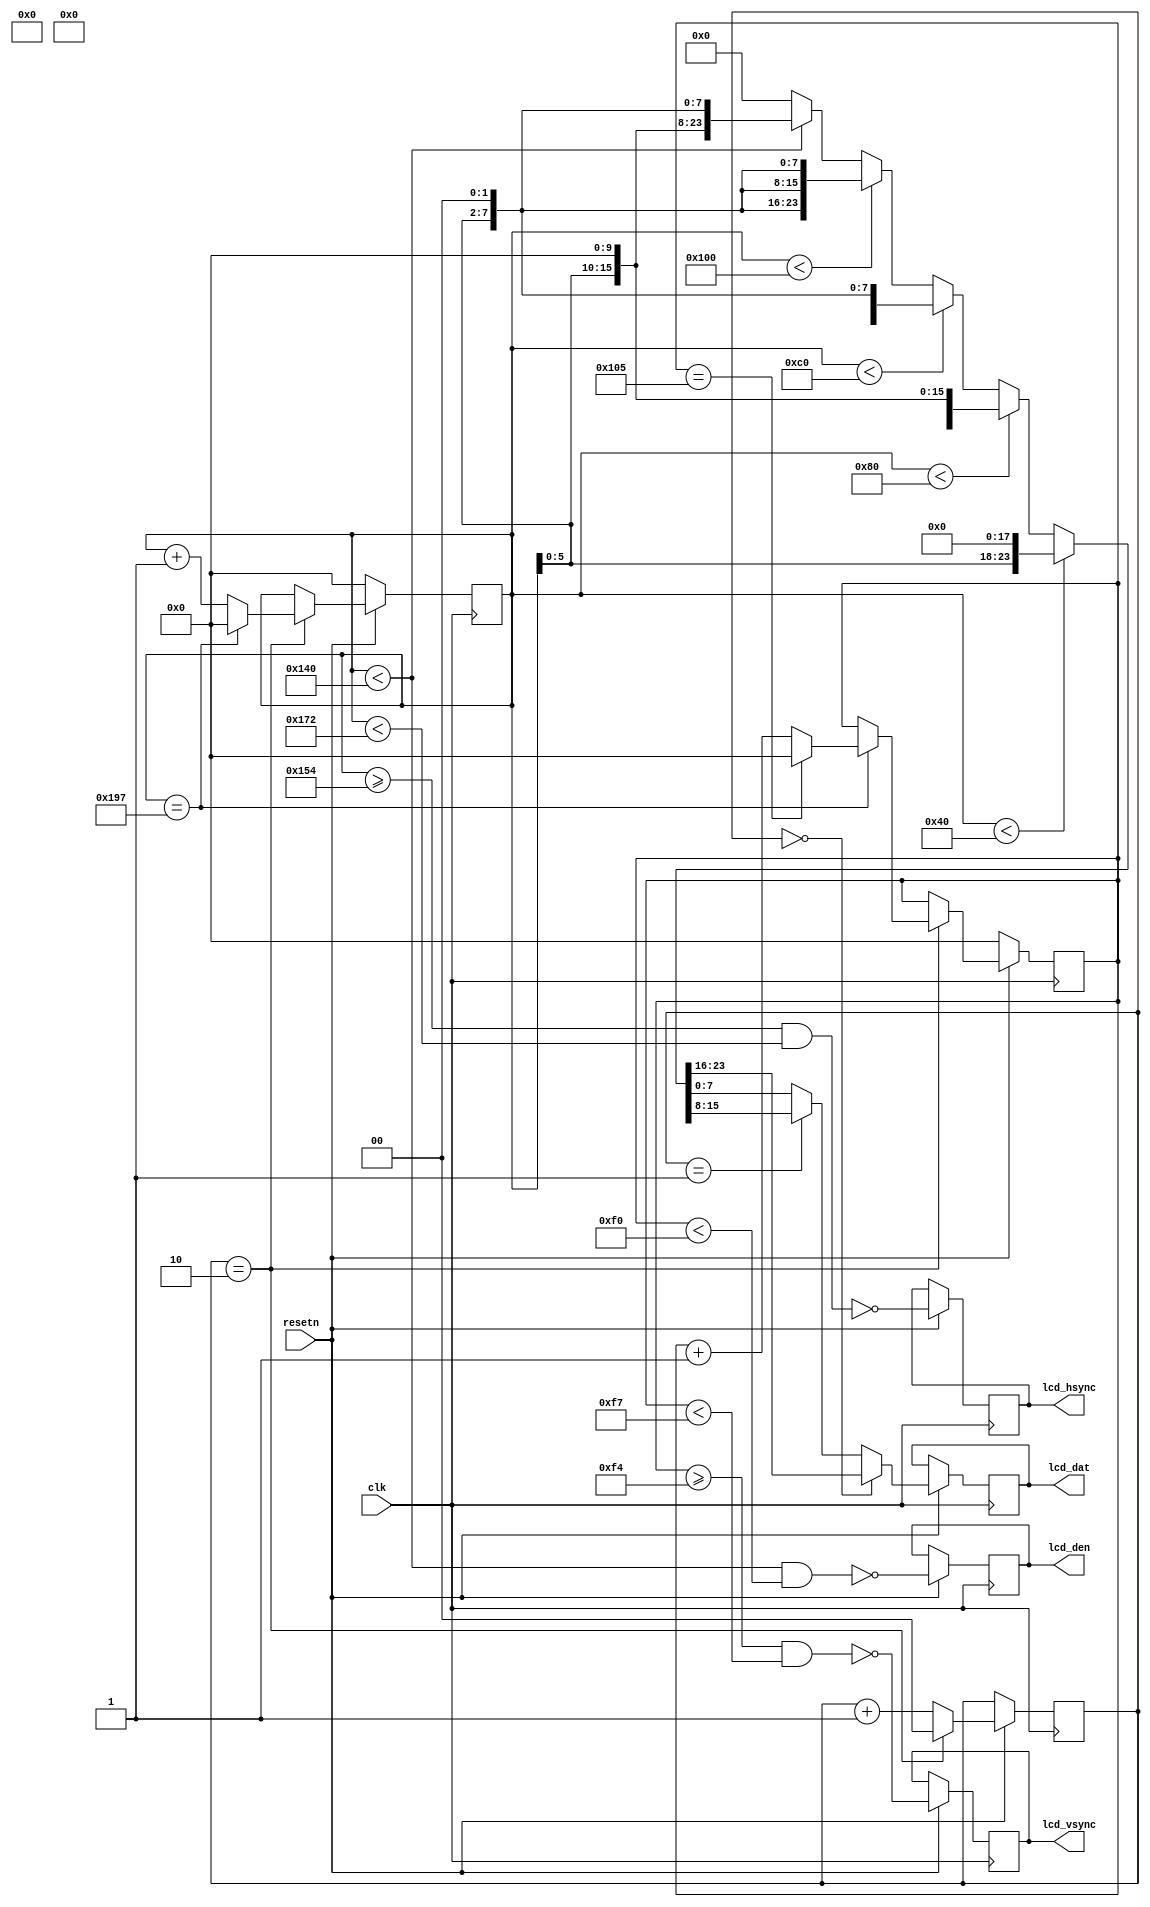
module lcdtest (input clk, //19.2MHz pixel clock in
                input resetn,
                output reg [7:0] lcd_dat,
                output reg lcd_hsync,
                output reg lcd_vsync,
                output reg lcd_den);
              
            
parameter h_visible = 10'd320;
parameter h_front = 10'd20;
parameter h_sync = 10'd30;
parameter h_back = 10'd38;
parameter h_total = h_visible + h_front + h_sync + h_back;

parameter v_visible = 10'd240;
parameter v_front = 10'd4;
parameter v_sync = 10'd3;
parameter v_back = 10'd15;
parameter v_total = v_visible + v_front + v_sync + v_back;

reg [1:0] channel = 0;
reg [9:0] h_pos = 0;
reg [9:0] v_pos = 0;

wire h_active, v_active, visible;
wire [23:0] rgb_data;

always @(posedge clk) 
begin
  if (resetn == 0) begin
    h_pos <= 10'b0;
    v_pos <= 10'b0;

  end else begin
    //Pixel counters
    if (channel == 2) begin
      channel <= 0;
      if (h_pos == h_total - 1) begin
        h_pos <= 0;
        if (v_pos == v_total - 1) begin
          v_pos <= 0;
        end else begin
          v_pos <= v_pos + 1;
        end
      end else begin
        h_pos <= h_pos + 1;
      end
    end else begin
      channel <= channel + 1;
    end
    lcd_den <= !visible;
    lcd_hsync <= !((h_pos >= (h_visible + h_front)) && (h_pos < (h_visible + h_front + h_sync)));
    lcd_vsync <= !((v_pos >= (v_visible + v_front)) && (v_pos < (v_visible + v_front + v_sync)));
    lcd_dat <= channel == 0 ? rgb_data[23:16] : 
               channel == 1 ? rgb_data[15:8]  :
               rgb_data[7:0];
  end
end

assign h_active = (h_pos < h_visible);
assign v_active = (v_pos < v_visible);
assign visible = h_active && v_active;

assign rgb_data = (h_pos < 64)  ? {h_pos[5:0], 18'd0} :
                  (h_pos < 128) ? {8'd0, h_pos[5:0], 10'd0} :
                  (h_pos < 192) ? {16'd0, h_pos[5:0], 2'd0} :
                  (h_pos < 256) ? {h_pos[5:0], 2'd0, h_pos[5:0], 2'd0, h_pos[5:0], 2'd0} :
                  (h_pos < 320) ? {h_pos[5:0], 2'd0, 8'd0, h_pos[5:0], 2'd0} :
                  24'd0;

endmodule